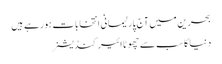
بحرین میں آج پارلیمانی انتخابات ہورہے ہیں
دنیا کا سب سے چھوٹا ائیر کنڈیشنر